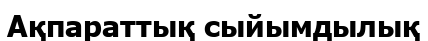
Ақпараттық сыйымдылық